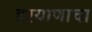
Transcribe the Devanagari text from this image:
हरयाणाचा